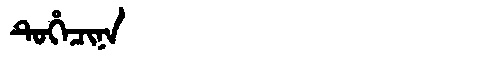
Manchu: ᡨᡠᡥᡝᠴᡳᠨᠠ
Romanization: TUHECINA